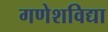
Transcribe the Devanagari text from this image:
गणेशविद्या